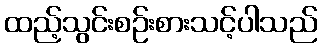
ထည့်သွင်းစဉ်းစားသင့်ပါသည်